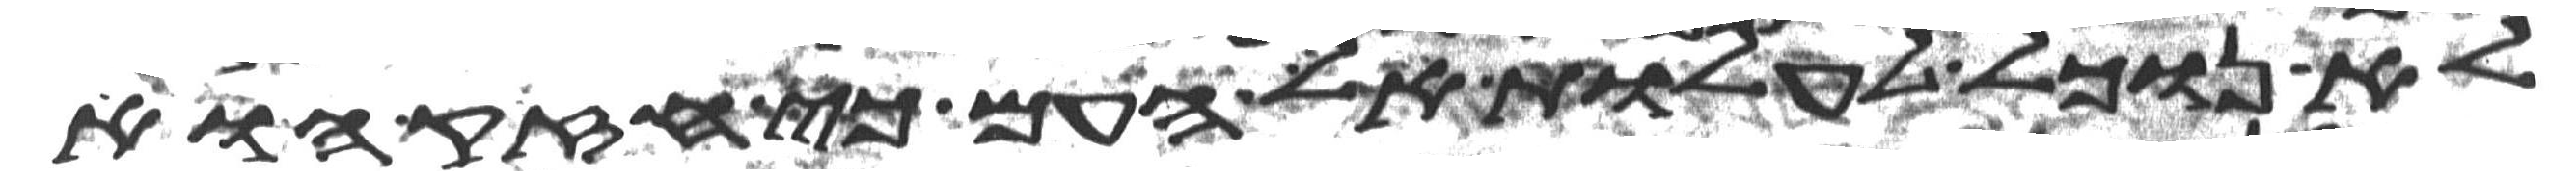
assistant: לא נוכל לעלות אל העם כי חזק הוא